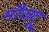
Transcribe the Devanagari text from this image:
मौजदू